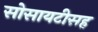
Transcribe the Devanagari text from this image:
सोसायटीसह